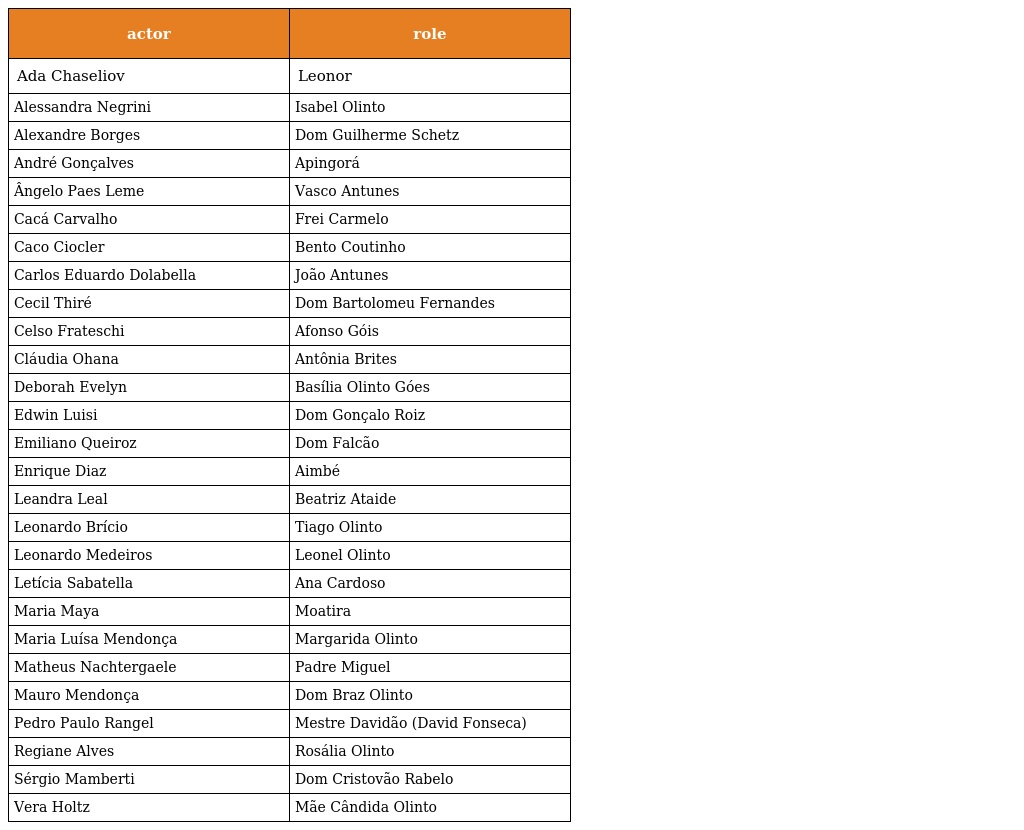
| actor | role |
 | --- | --- |
 | Ada Chaseliov | Leonor |
 | Alessandra Negrini | Isabel Olinto |
 | Alexandre Borges | Dom Guilherme Schetz |
 | André Gonçalves | Apingorá |
 | Ângelo Paes Leme | Vasco Antunes |
 | Cacá Carvalho | Frei Carmelo |
 | Caco Ciocler | Bento Coutinho |
 | Carlos Eduardo Dolabella | João Antunes |
 | Cecil Thiré | Dom Bartolomeu Fernandes |
 | Celso Frateschi | Afonso Góis |
 | Cláudia Ohana | Antônia Brites |
 | Deborah Evelyn | Basília Olinto Góes |
 | Edwin Luisi | Dom Gonçalo Roiz |
 | Emiliano Queiroz | Dom Falcão |
 | Enrique Diaz | Aimbé |
 | Leandra Leal | Beatriz Ataide |
 | Leonardo Brício | Tiago Olinto |
 | Leonardo Medeiros | Leonel Olinto |
 | Letícia Sabatella | Ana Cardoso |
 | Maria Maya | Moatira |
 | Maria Luísa Mendonça | Margarida Olinto |
 | Matheus Nachtergaele | Padre Miguel |
 | Mauro Mendonça | Dom Braz Olinto |
 | Pedro Paulo Rangel | Mestre Davidão (David Fonseca) |
 | Regiane Alves | Rosália Olinto |
 | Sérgio Mamberti | Dom Cristovão Rabelo |
 | Vera Holtz | Mãe Cândida Olinto |